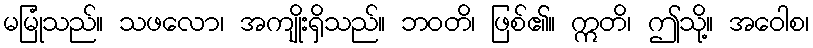
မမြုံသည်။ သဖလော၊ အကျိုးရှိသည်။ ဘဝတိ၊ ဖြစ်၏။ ဣတိ၊ ဤသို့။ အဝေါစ၊